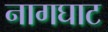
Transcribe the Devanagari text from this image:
नागघाट